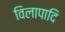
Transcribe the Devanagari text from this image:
विलापादि